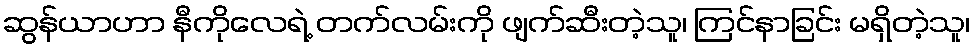
ဆွန်ယာဟာ နီကိုလေရဲ့ တက်လမ်းကို ဖျက်ဆီးတဲ့သူ၊ ကြင်နာခြင်း မရှိတဲ့သူ၊